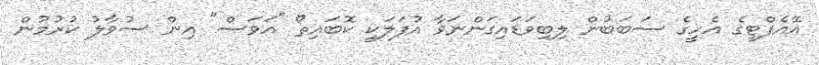
އޭއެފްޓީގެ އެހީގެ ސަބަބުން ލިބިވަޑައިގަންނަވާ އުފަލަކީ ކޮބައިތޯ "އަވަސް" އިން ސުވާލު ކުރުމުން